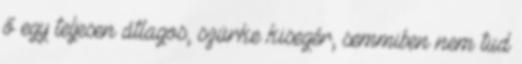
ő egy teljesen átlagos, szürke kisegér, semmiben nem tud